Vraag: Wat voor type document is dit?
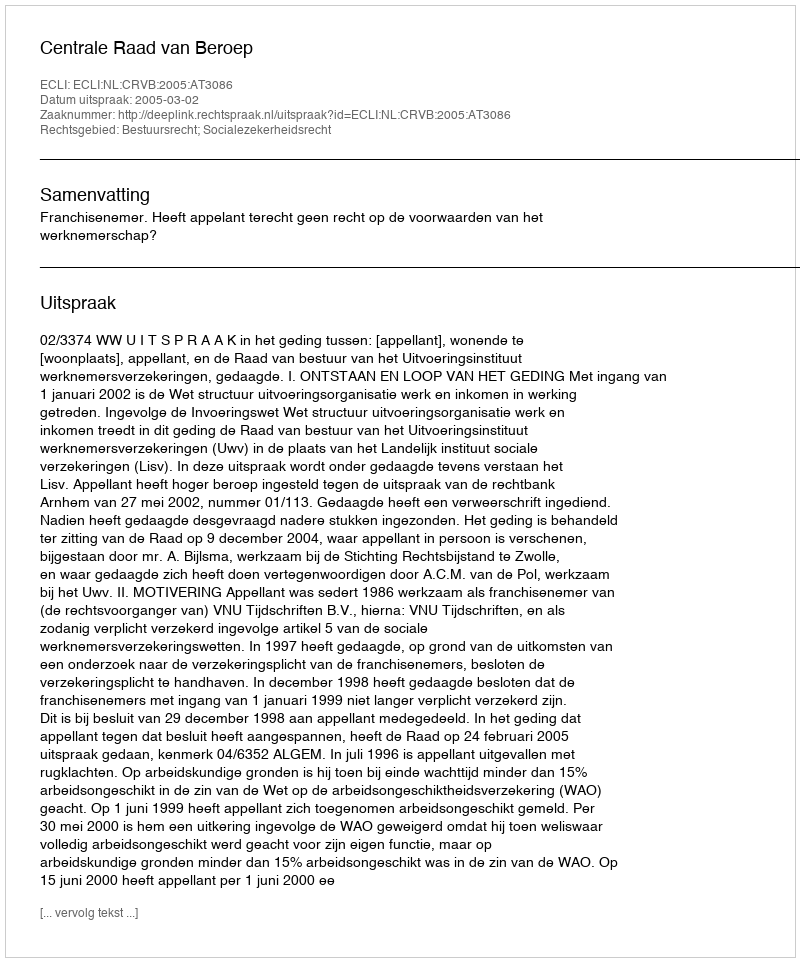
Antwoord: Uitspraak